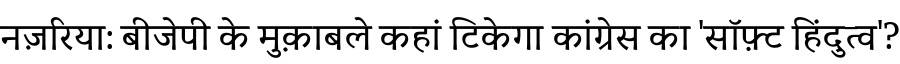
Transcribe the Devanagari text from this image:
नज़रिया: बीजेपी के मुक़ाबले कहां टिकेगा कांग्रेस का 'सॉफ़्ट हिंदुत्व'?